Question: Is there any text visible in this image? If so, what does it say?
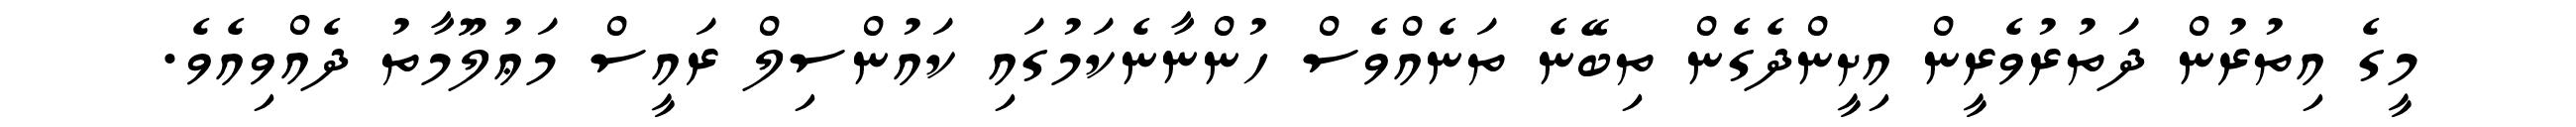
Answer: މީގެ އިތުރުން ދަތުރުވެރީން އިށީންދެގެން ތިބޭނެ ތަނެއްވެސް ހުންނާނެކަމުގައި ކައުންސިލް ރައީސް މަޢުލޫމާތު ދެއްވިއެވެ.